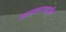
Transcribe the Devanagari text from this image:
साम्राज्यवाढीने